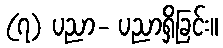
(၇) ပညာ- ပညာရှိခြင်း။